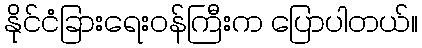
နိုင်ငံခြားရေးဝန်ကြီးက ပြောပါတယ်။